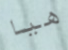
هيا